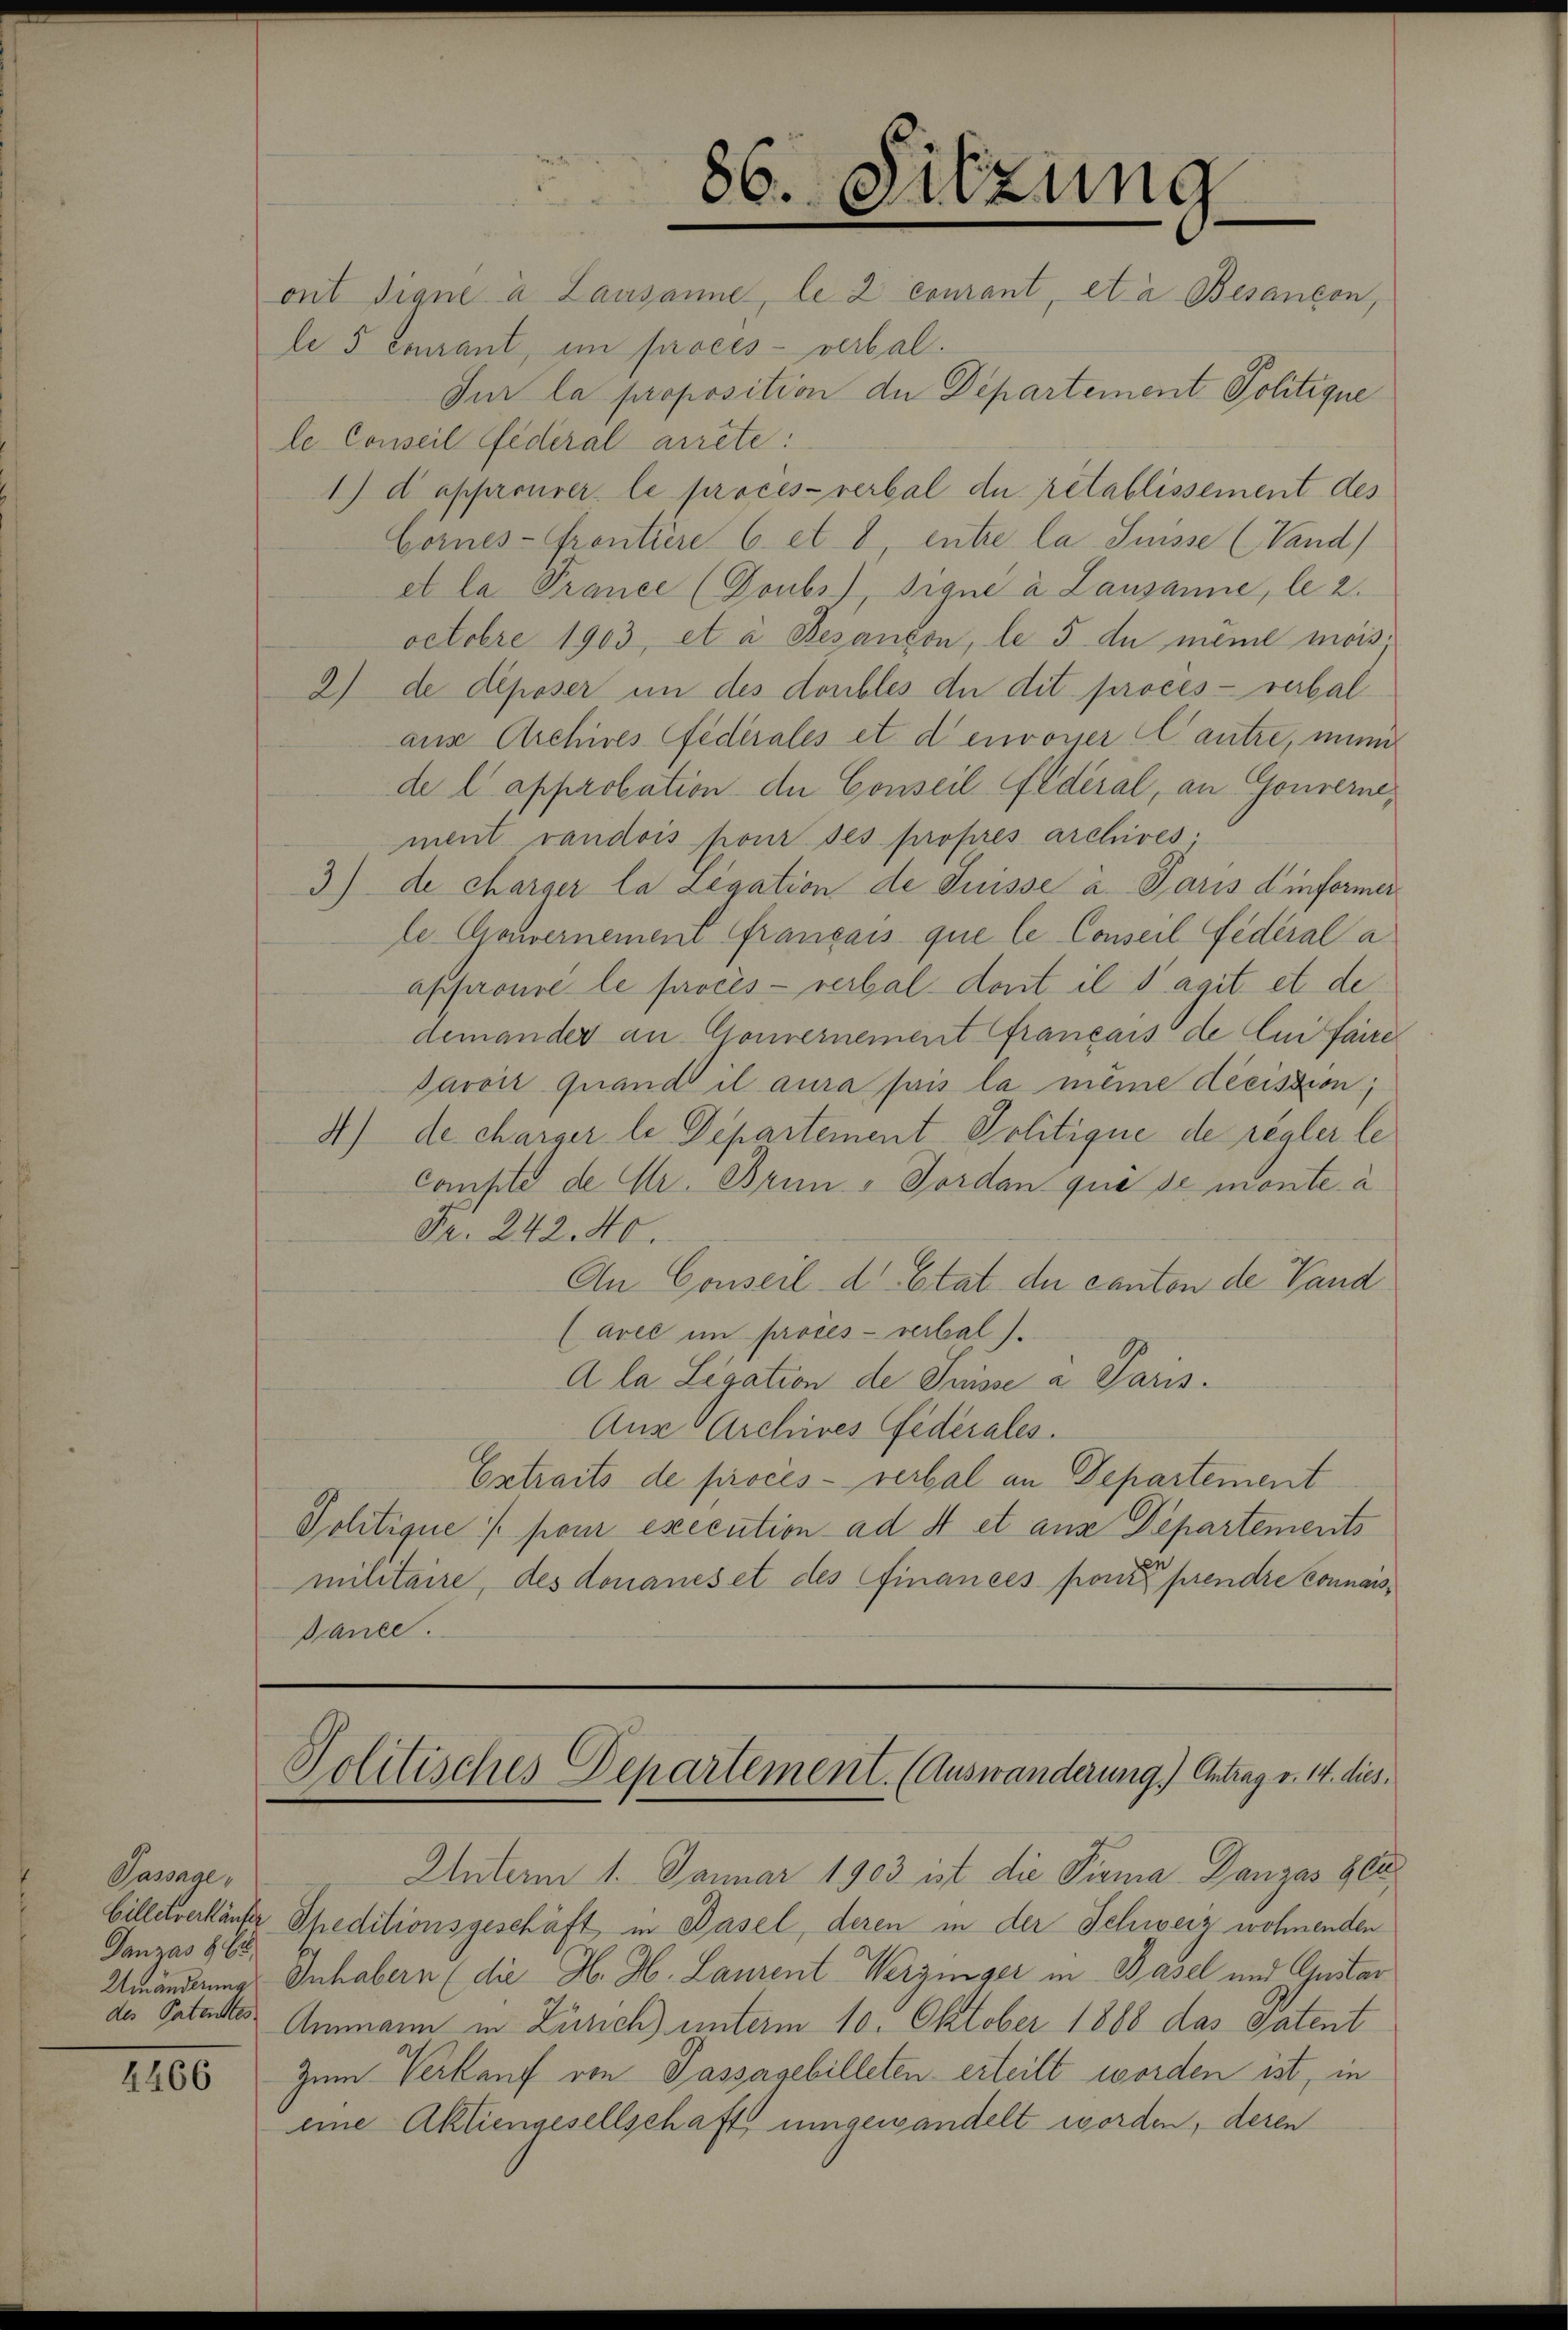
Pawnge,
Janzas 8 Ei
Umänderung
des Patenstes

4466

le 5 Exrant, im procès-verbal¬
Jur la proposition der Departement Politique
le Conseil Federal arrête:
1) d approuver le procès-verbal du rétablissement des
Cornes- Frontiere 6 et 8 entre la Suisse (Vand)
et la Prance (Doubs), signe à Lausanne, le 2.
octobre 1903, et à Besanzon, le 5 du même mois.
2) de déposer in des doubles du dit proces - verbalaus Archives fédérales et denvonser Cautre, mei
de l approbation der Conseil fédéral, an Gouverne,
ment vaudois pour des propres archives
3) de charger la Legation de Puisse a Paris dinformer
le Gouvernement français que le Conseil fédéral a
approuve le procès-verbal dont il s’agit. et de
demander an Gouvernement Français de lui faire
Saroit quand il aura suis la meine decission;
4) de charger le Departement Politique de regler le
compte de Mr. Brun - Forden qui de monte à
Fr. 242. 40.
An Conseil d’Etat der Canton de Vand
(aree im procès-verbal).
Ala Legation de Suisse a Paris.
Aus Archives Federales.
Extraits de procès-verbal an Departement
Politique pour execution ad 4 et aus Departements
militaire, des donanes et des Finances pour prendre connais
Gance.

86. Sitzung
ont signé à Lausanne, le 2 courant, et à Besançon,

Politisches Departement. (Auswanderung.) Antrag v. 14. dies

Unterm 1. Januar 1903 ist die Firma Dangas 962
billetverkäufer Speditionsgeschäft in Basel, deren in der Schweiz wohnenden
Inhabern (die H. H. Laurent Werzinger in Basel und Gustar
Ammann in Zürich) unterm 10. Oktober 1868 das gatent
Zum Verkauf von Passagebilleten erteilt worden ist, in
eine Aktiengesellschaft umgewandelt worden, deren